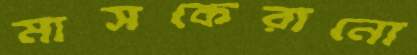
মাসকেরানো